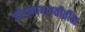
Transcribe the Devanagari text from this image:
जीवनाबाबतीतील